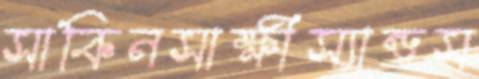
সাকিনসাক্ষীস্যান্ডস